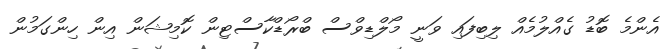
އެންމެ ބޮޑު ގެއްލުމެއް ލިބިފައި ވަނީ މޯލްޑިވްސް ބްރޯޑްކާސްޓިން ކޮމިޝަން އިން ހިންގަމުން